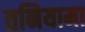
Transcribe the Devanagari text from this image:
तनियामा